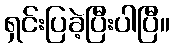
ရှင်းပြခဲ့ပြီးပါပြီ။